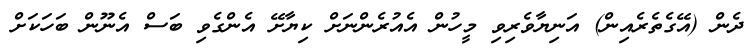
ދެން (އޭގެތެރެއިން) އަނިޔާވެރިވި މީހުން އެއުރެންނަށް ކިޔާށޭ އެންގެވި ބަސް އެނޫން ބަހަކަށް